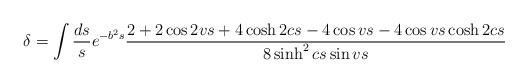
LaTeX: \begin{align*}\delta=\int \frac{ds}{s}e^{-b^{2}s}\frac{2+2\cos 2vs +4 \cosh 2cs -4\cos vs -4 \cos vs \cosh2cs}{8\sinh^2 cs \sin vs}\end{align*}